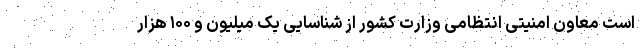
است معاون امنیتی انتظامی وزارت کشور از شناسایی یک میلیون و ۱۰۰ هزار